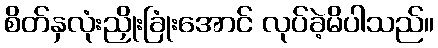
စိတ်နှလုံးညှိုးခြုံးအောင် လုပ်ခဲ့မိပါသည်။